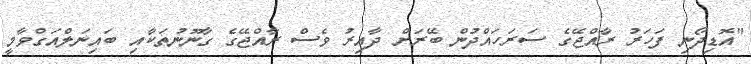
"އޮޑިދޯނި ފަހަރު ރާއްޖޭގެ ސަރަހައްދުން ބޭރަށް ދާއިރު ވެސް ރާއްޖޭގެ ގާނޫނުތަކާއި ބައިނަލްއަގްވާމީ